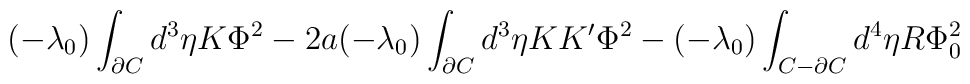
(-\lambda_0)\int_{\partial C}d^3\eta K\Phi^2 - 2a(- \lambda_0)\int_{\partial C}d^3\eta KK'\Phi^2 -(- \lambda_0)\int_{C - \partial C}d^4\eta R\Phi_0^2